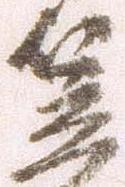
笠